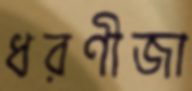
ধরণীজা